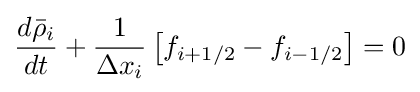
{\frac {d{\bar {\rho }}_{i}}{dt}}+{\frac {1}{\Delta x_{i}}}\left[f_{i+1/2}-f_{i-1/2}\right]=0